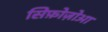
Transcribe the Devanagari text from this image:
सिफ़ोज़ोआ